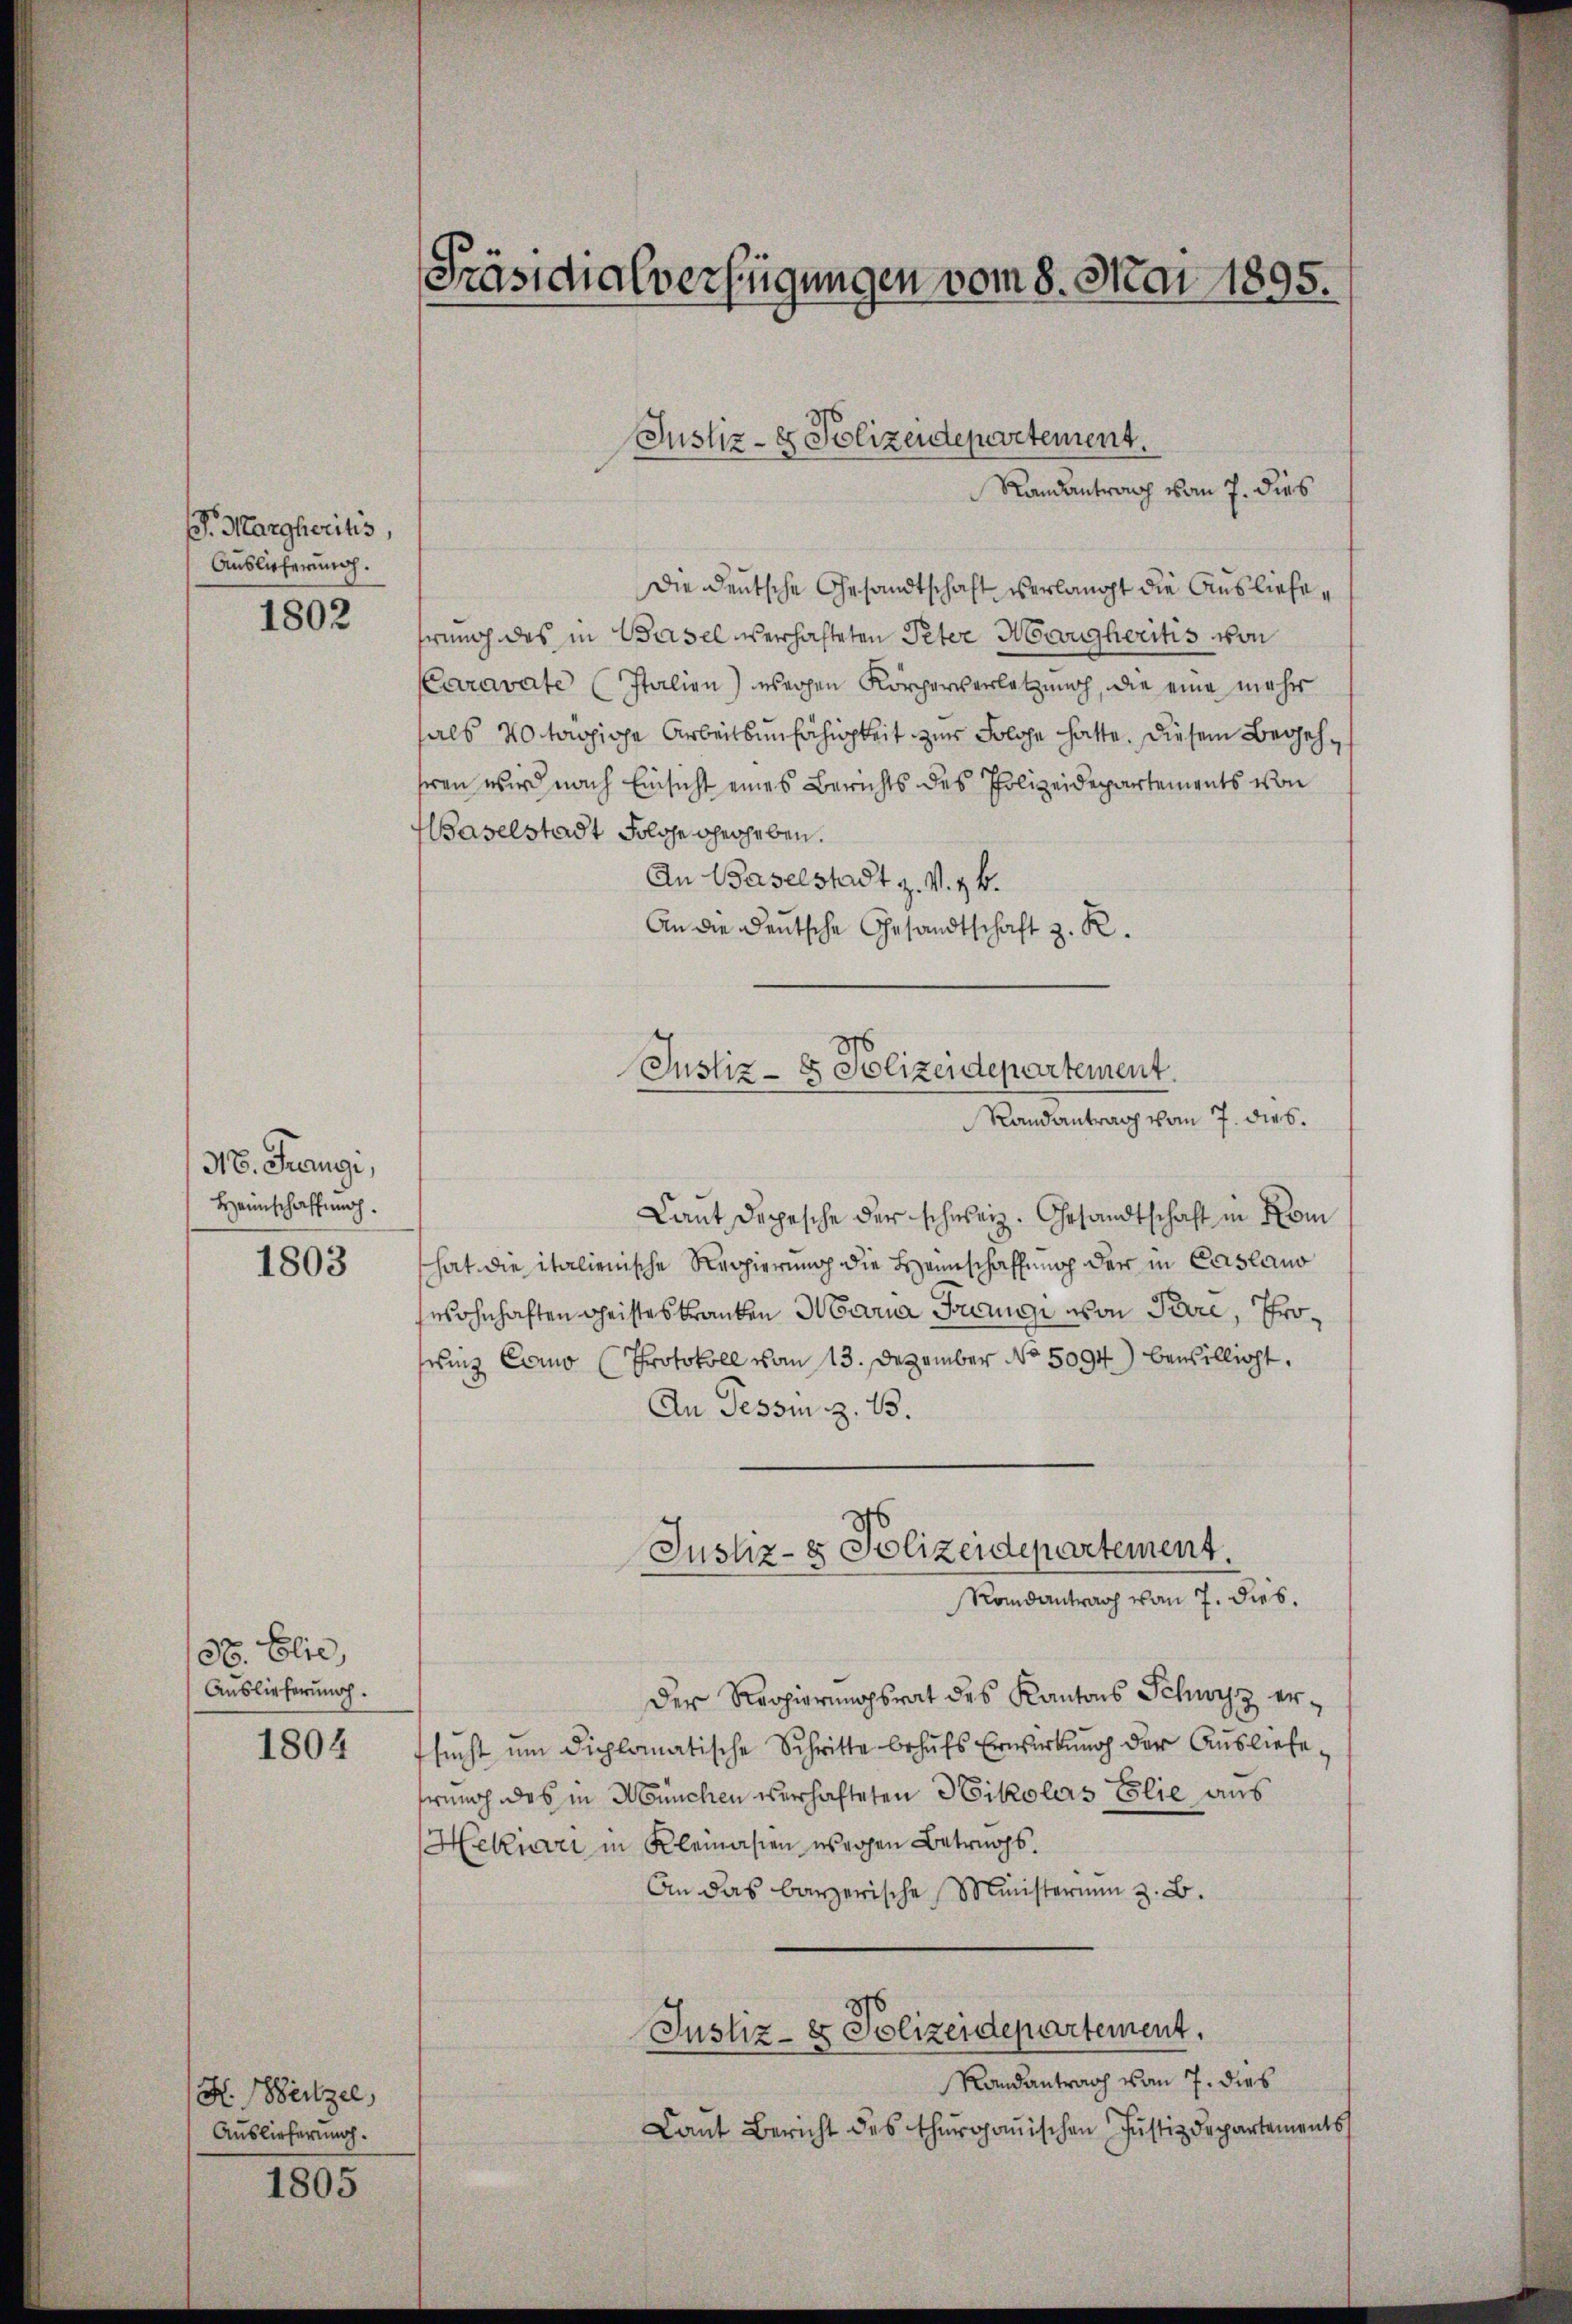
. Margheritis,
Auslicherung.

1802

318. Frangi,
Heimschaffung.

1803

38. Elie
Auslieferung.

1804

H. Seitzel,
Auslieferung.

1805

Präsidialverfügungen vom 8. Mai 1895.

Die deutsche Gesandtschaft verlangt die Ausliefe,
rung des in Basel überhafteten Peter Morgheritis von
CCaravate (Italien) wegen Körperverletzung, die eine mehr
hals Notariose Arbeitsunfähigkeit zur Folge hatte. Diesem Begehheren wird nach Einsicht eines Berichts des Polizeidepartements von
Baselstadt Folge herheben.
An Baselstadt z. v. 3. k.
An die Deutsche Gesandtschaft z. R.

Justiz- & Polizeidepartement.
Randantrag vom 7. dies

Justiz- & Polizeidepartement.
Randantrag vom 7. dies.

Justiz- & Polizeidepartement.

Laut Depesche der schweiz. Gesandtschaft in Kom
hat die italienische Regierung die Hannschaffung der in Casano
wohnhaften Geistes kranken Maria Frage von Pare, Proinz Como (Protokoll vom 13. Dezember No. 5094) bewilligt.
An Tessin z. 13.
Randantrag vom 7. dies.
Der Regierungsrat des Kantons Schwyz ersucht um diplomatische Schritte behufs Erwirkung der Ausliefe,
rung des in München verhafteten Nikolars Eolie aus
Hekiari in Kleinasien wegen Betrags.
An das barzerische Ministerium z. B.
Justiz- & Polizeidepartement,
Randantrag vom 7. dies
Lant Bericht des thurganischen Justizdepartements